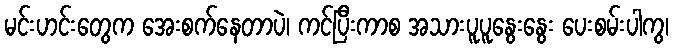
မင်းဟင်းတွေက အေးစက်နေတာပဲ၊ ကင်ပြီးကာစ အသားပူပူနွေးနွေး ပေးစမ်းပါကွ၊